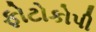
ફોટોકોપી